Civil Veterinary Dept. Assam report 1911-1927 - 1911-1927
Year: 1911
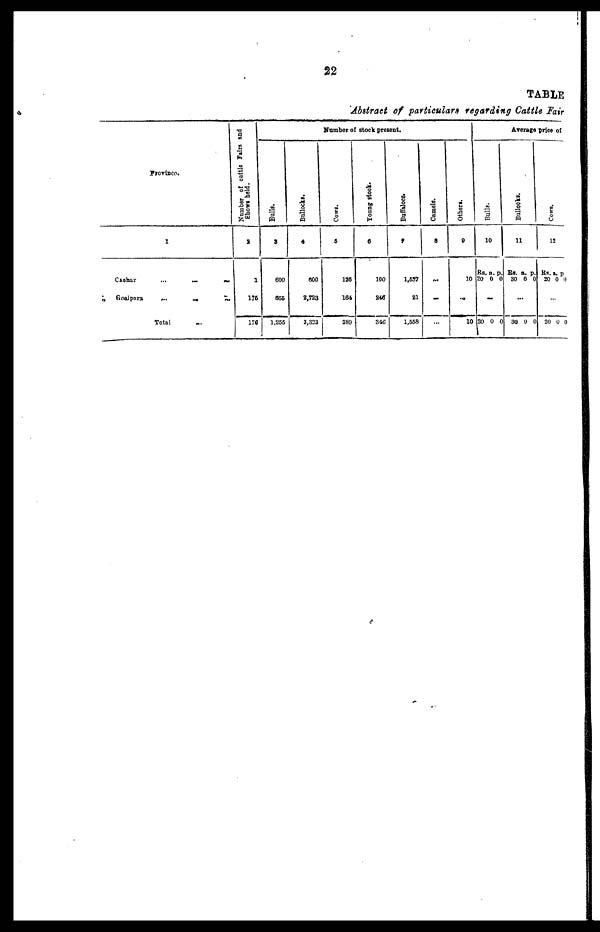
22
TABLE
Abstraet of particulars regarding Cattle Fair
Province.
I
Cachar
... ... ...
Goalpara
... ... ...
Total
Number of cattle Fairs and
Shows held.
2
1
176
176
Nnmber of stock present.
Bulls.
3
600
855
1,255
Bullocks.
4
600
2,723
3,323
Cows
5
126
164
289
Young stock.
6
100
246
346
Buffaloes.
7
1,637
21
1,558
Camels.
8
...
...
Others.
9
10
...
10
Average price of
Bulls.
10
Rs.
20
...
20
a.
0
0
p
0
0
Bullocks.
11
Rs.
30
..
30
a.
0
.
0
p.
0
0
Cows.
12
Rs. a
.
20
0
20
0
.
0
0
p.
0
0